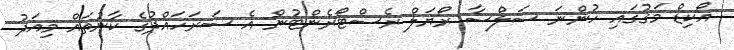
އޯކިޑް މަގުގައި ހުންނަ ސަލްސާ ރޯޔަލް ރެސްޓޯރެންޓުން އެ ސަރަހައްދުގެ ކާނުތައް މިއަދު